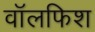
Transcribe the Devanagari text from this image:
वॉलफिश